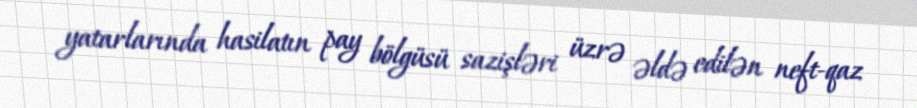
yatarlarında hasilatın pay bölgüsü sazişləri üzrə əldə edilən neft-qaz